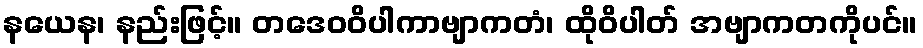
နယေန၊ နည်းဖြင့်။ တဒေဝဝိပါကာဗျာကတံ၊ ထိုဝိပါတ် အဗျာကတကိုပင်။